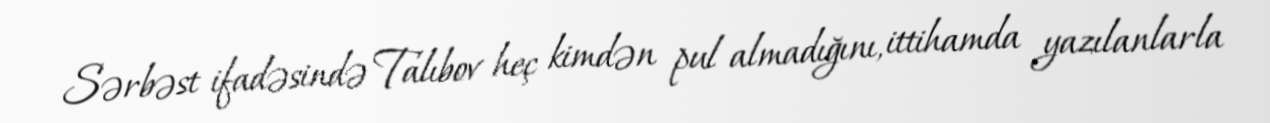
Sərbəst ifadəsində Talıbov heç kimdən pul almadığını, ittihamda yazılanlarla